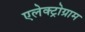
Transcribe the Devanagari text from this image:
एलेक्ट्रोग्राम